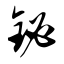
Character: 铋